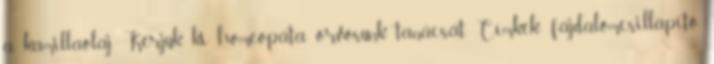
a kamillaolaj. Kérjük ki homeopata orvosunk tanácsát. Címkék: fájdalomcsillapító,